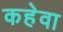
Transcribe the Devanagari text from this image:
कहेवा